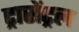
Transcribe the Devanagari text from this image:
ट्रासेंट्रल